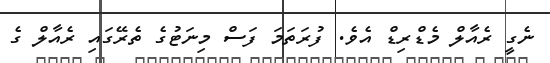
ނެގީ ރެއާލް މެޑްރިޑް އެވެ. ފުރަތަމަ ފަސް މިނަޓުގެ ތެރޭގައި ރެއާލް ގެ